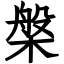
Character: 槃